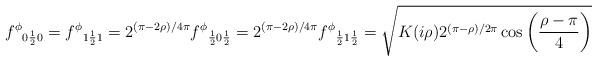
LaTeX: \begin{align*}{f^{\phi }}_{0\frac{1}{2}0}={f^{\phi }}_{1\frac{1}{2}1}=2^{(\pi -2\rho )/4\pi }{f^{\phi }}_{\frac{1}{2}0\frac{1}{2}}=2^{(\pi -2\rho )/4\pi }{f^{\phi }}_{\frac{1}{2}1\frac{1}{2}}=\sqrt{K(i\rho )2^{(\pi -\rho )/2\pi }\cos \left( \frac{\rho -\pi }{4}\right) }\end{align*}